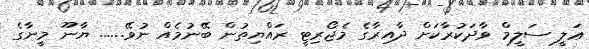
ޢަލީ ސަލީމް ވާދަކުރާކަށް ދާއިރާގެ މެޖޯރިޓީ ރައްޔިތުން ބޭނުމެއް ނުވޭ...... ޔާނޫ މީނާގެ